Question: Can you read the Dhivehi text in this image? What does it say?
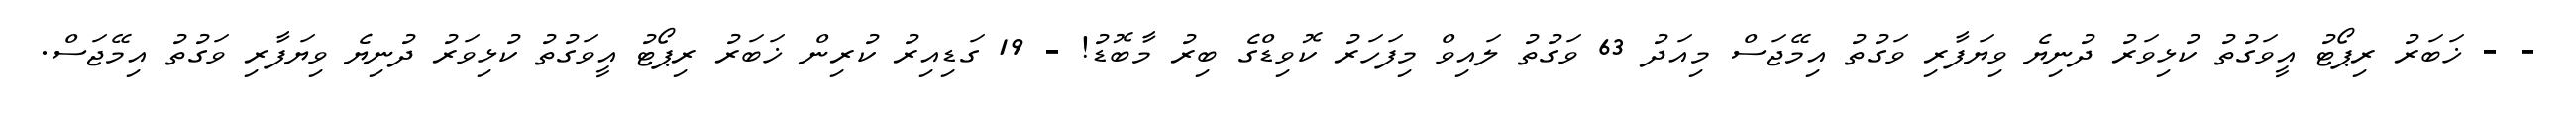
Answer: - - ޚަބަރު ރިޕޯޓު އީވަގުތު ކުޅިވަރު ދުނިޔެ ވިޔަފާރި ވަގުތު އިމޭޖަސް މިއަދު 63 ވަގުތު ލައިވް މިފަހަރު ކޮވިޑްގެ ބިރު މާބޮޑު! - 19 ގަޑިއިރު ކުރިން ޚަބަރު ރިޕޯޓު އީވަގުތު ކުޅިވަރު ދުނިޔެ ވިޔަފާރި ވަގުތު އިމޭޖަސް.